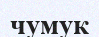
чумук